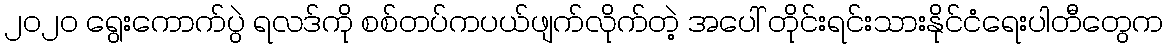
၂၀၂၀ ရွေးကောက်ပွဲ ရလဒ်ကို စစ်တပ်ကပယ်ဖျက်လိုက်တဲ့ အပေါ် တိုင်းရင်းသားနိုင်ငံရေးပါတီတွေက